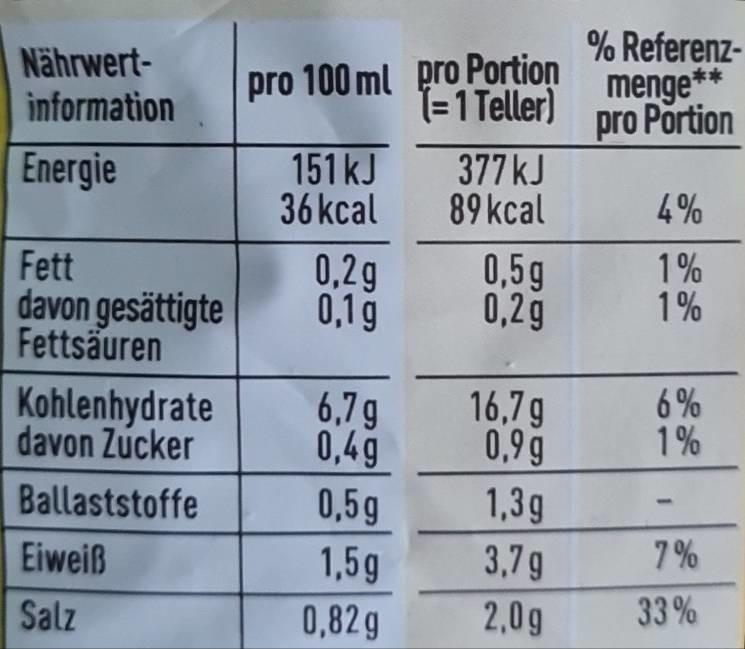
Nährwertinformation
Energie
Fett
davon gesättigte Fettsäuren
Kohlenhydrate
davon Zucker
Ballaststoffe
Eiweiß
Salz
pro 100 ml pro Portion (= 1 Teller)
151 kJ
36 kcal
0,2g
0,1g
377 kJ
89 kcal
0,5g
0,2g
6,7g 16,7g
0,4g
0,9g
0,5g
1,5g
0,82g
1,3g
3,7g
2,0g
% Referenzmenge**
pro Portion
4%
1%
1%
6%
1%
7%
33%